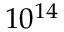
1 0 ^ { 1 4 }